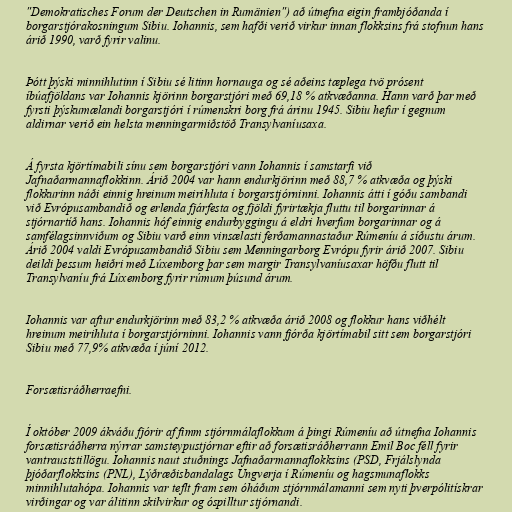
"Demokratisches Forum der Deutschen in Rumänien") að útnefna eigin frambjóðanda í
borgarstjórakosningum Sibiu. Iohannis, sem hafði verið virkur innan flokksins frá stofnun hans
árið 1990, varð fyrir valinu.

Þótt þýski minnihlutinn í Sibiu sé litinn hornauga og sé aðeins tæplega tvö prósent
íbúafjöldans var Iohannis kjörinn borgarstjóri með 69,18 % atkvæðanna. Hann varð þar með
fyrsti þýskumælandi borgarstjóri í rúmenskri borg frá árinu 1945. Sibiu hefur í gegnum
aldirnar verið ein helsta menningarmiðstöð Transylvaníusaxa.

Á fyrsta kjörtímabili sínu sem borgarstjóri vann Iohannis í samstarfi við
Jafnaðarmannaflokkinn. Árið 2004 var hann endurkjörinn með 88,7 % atkvæða og þýski
flokkurinn náði einnig hreinum meirihluta í borgarstjórninni. Iohannis átti í góðu sambandi
við Evrópusambandið og erlenda fjárfesta og fjöldi fyrirtækja fluttu til borgarinnar á
stjórnartíð hans. Iohannis hóf einnig endurbyggingu á eldri hverfum borgarinnar og á
samfélagsinnviðum og Sibiu varð einn vinsælasti ferðamannastaður Rúmeníu á síðustu árum.
Árið 2004 valdi Evrópusambandið Sibiu sem Menningarborg Evrópu fyrir árið 2007. Sibiu
deildi þessum heiðri með Lúxemborg þar sem margir Transylvaníusaxar höfðu flutt til
Transylvaníu frá Lúxemborg fyrir rúmum þúsund árum.

Iohannis var aftur endurkjörinn með 83,2 % atkvæða árið 2008 og flokkur hans viðhélt
hreinum meirihluta í borgarstjórninni. Iohannis vann fjórða kjörtímabil sitt sem borgarstjóri
Sibiu með 77,9% atkvæða í júní 2012.

Forsætisráðherraefni.

Í október 2009 ákváðu fjórir af fimm stjórnmálaflokkum á þingi Rúmeníu að útnefna Iohannis
forsætisráðherra nýrrar samsteypustjórnar eftir að forsætisráðherrann Emil Boc féll fyrir
vantrauststillögu. Iohannis naut stuðnings Jafnaðarmannaflokksins (PSD, Frjálslynda
þjóðarflokksins (PNL), Lýðræðisbandalags Ungverja í Rúmeníu og hagsmunaflokks
minnihlutahópa. Iohannis var teflt fram sem óháðum stjórnmálamanni sem nyti þverpólitískrar
virðingar og var álitinn skilvirkur og óspilltur stjórnandi.